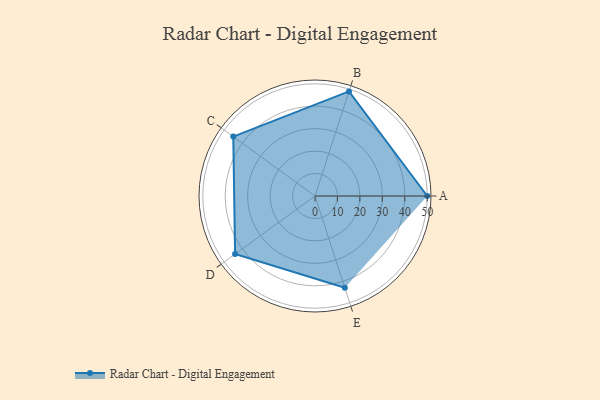
{"axis": {"x": "Skill", "y": "Score"}, "legend": ["Profile"], "data": [{"x": "A", "y": 50.0, "type": "Profile"}, {"x": "B", "y": 49.0, "type": "Profile"}, {"x": "C", "y": 45.0, "type": "Profile"}, {"x": "D", "y": 44.0, "type": "Profile"}, {"x": "E", "y": 43.0, "type": "Profile"}]}